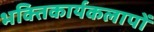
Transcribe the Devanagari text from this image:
भक्तिकार्यकलापों